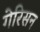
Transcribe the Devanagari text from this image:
गेरिसन